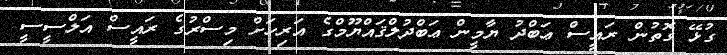
ގުޅޭ ގޮތުން ރައީސް ޢަބްދު ޔާމީން ޢަބްދުލްޤައްޔޫމްގެ އަރިހަށް މިސްރުގެ ރައީސް އަލްސީސީ